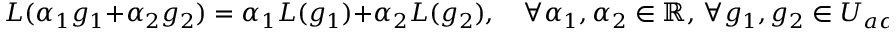
L ( \alpha _ { 1 } g _ { 1 } + \alpha _ { 2 } g _ { 2 } ) = \alpha _ { 1 } L ( g _ { 1 } ) + \alpha _ { 2 } L ( g _ { 2 } ) , \quad \forall \alpha _ { 1 } , \alpha _ { 2 } \in \mathbb { R } , \, \forall g _ { 1 } , g _ { 2 } \in U _ { a d } .